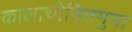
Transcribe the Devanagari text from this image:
कालाचोडितमुना